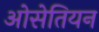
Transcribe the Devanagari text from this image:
ओसेतियन